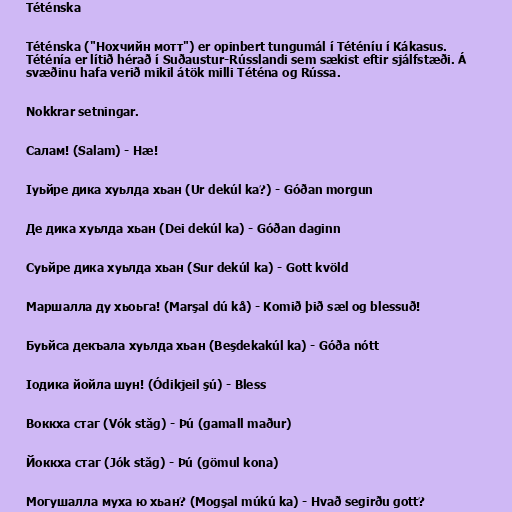
Téténska

Téténska ("Нохчийн мотт") er opinbert tungumál í Téténíu í Kákasus.
Téténía er lítið hérað í Suðaustur-Rússlandi sem sækist eftir sjálfstæði. Á
svæðinu hafa verið mikil átök milli Téténa og Rússa.

Nokkrar setningar.

Салам! (Salam) - Hæ!

Iуьйре дика хуьлда хьан (Ur dekúl ka?) - Góðan morgun

Де дика хуьлда хьан (Dei dekúl ka) - Góðan daginn

Суьйре дика хуьлда хьан (Sur dekúl ka) - Gott kvöld

Маршалла ду хьоьга! (Marşal dú kå) - Komið þið sæl og blessuð!

Буьйса декъала хуьлда хьан (Beşdekakúl ka) - Góða nótt

Iодика йойла шун! (Ódikjeil şú) - Bless

Воккха стаг (Vók stǎg) - Þú (gamall maður)

Йоккха стаг (Jók stǎg) - Þú (gömul kona)

Могушалла муха ю хьан? (Mogşal múkú ka) - Hvað segirðu gott?